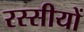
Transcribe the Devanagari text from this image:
रस्सीयों